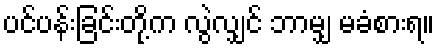
ပင်ပန်းခြင်းတို့က လွဲလျှင် ဘာမျှ မခံစားရ။